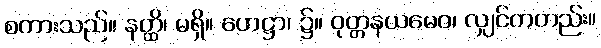
စကားသည်။ နတ္ထိ၊ မရှိ။ ဟေဋ္ဌာ၊ ၌။ ဝုတ္တနယမေဝ၊ လျှင်ကတည်း။